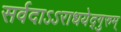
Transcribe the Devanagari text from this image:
सर्वदाऽऽराधयेद्गुरुम्